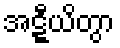
အဋ္ဋီယိတွာ